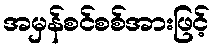
အမှန်စင်စစ်အားဖြင့်